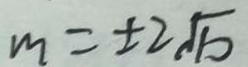
m = \pm 2 \sqrt { b }